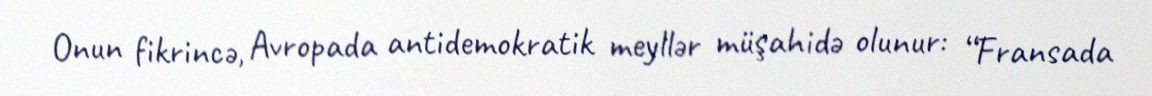
Onun fikrincə, Avropada antidemokratik meyllər müşahidə olunur: “Fransada